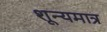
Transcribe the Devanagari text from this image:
शून्यमात्र